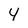
Character: 4